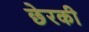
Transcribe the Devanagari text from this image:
छेरकी